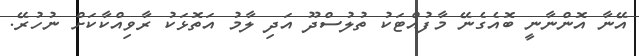
އޭނާ އޮންނާނީ ބޮއެގެނޭ މާފުއްޓަކު ތުލުސްދޫ އަދި ލާމު އަތޮޅަކު ރާވިއްކާކަށް ނުހުރޭ.